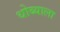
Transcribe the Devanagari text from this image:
धोब्याला